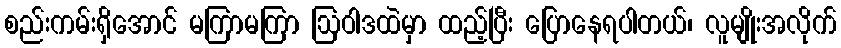
စည်းကမ်းရှိအောင် မကြာမကြာ ဩဝါဒထဲမှာ ထည့်ပြီး ပြောနေရပါတယ်၊ လူမျိုးအလိုက်